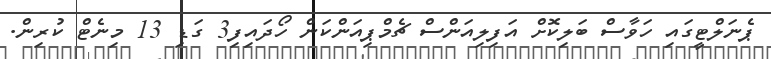
ޕެނަލްޓީގައި ހަވާސް ބަލިކޮށް އަފިލިއަންސް ޗެމްޕިއަންކަން ހޯދައިފި3 ގަޑި 13 މިނެޓް ކުރިން.